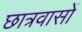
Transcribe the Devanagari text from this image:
छात्रवासों